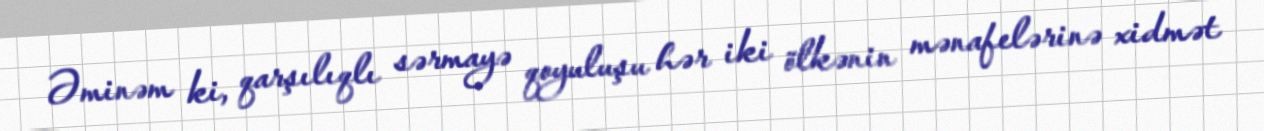
Əminəm ki, qarşılıqlı sərmayə qoyuluşu hər iki ölkənin mənafelərinə xidmət